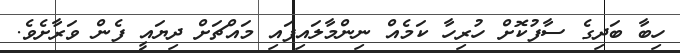
ހިބާ ބަދިގެ ސާފުކޮށް ހުރިހާ ކަމެއް ނިންމާލައިފައި މައްޗަށް ދިޔައީ ފެން ވަރާށެވެ.